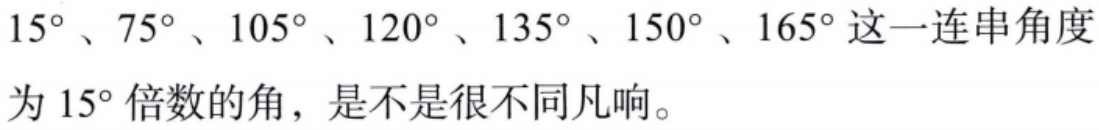
$15^{\circ}、75^{\circ}、105^{\circ}、120^{\circ}、135^{\circ}、150^{\circ}、165^{\circ}$这一连串角度为$15^{\circ}$倍数的角，是不是很不同凡响。